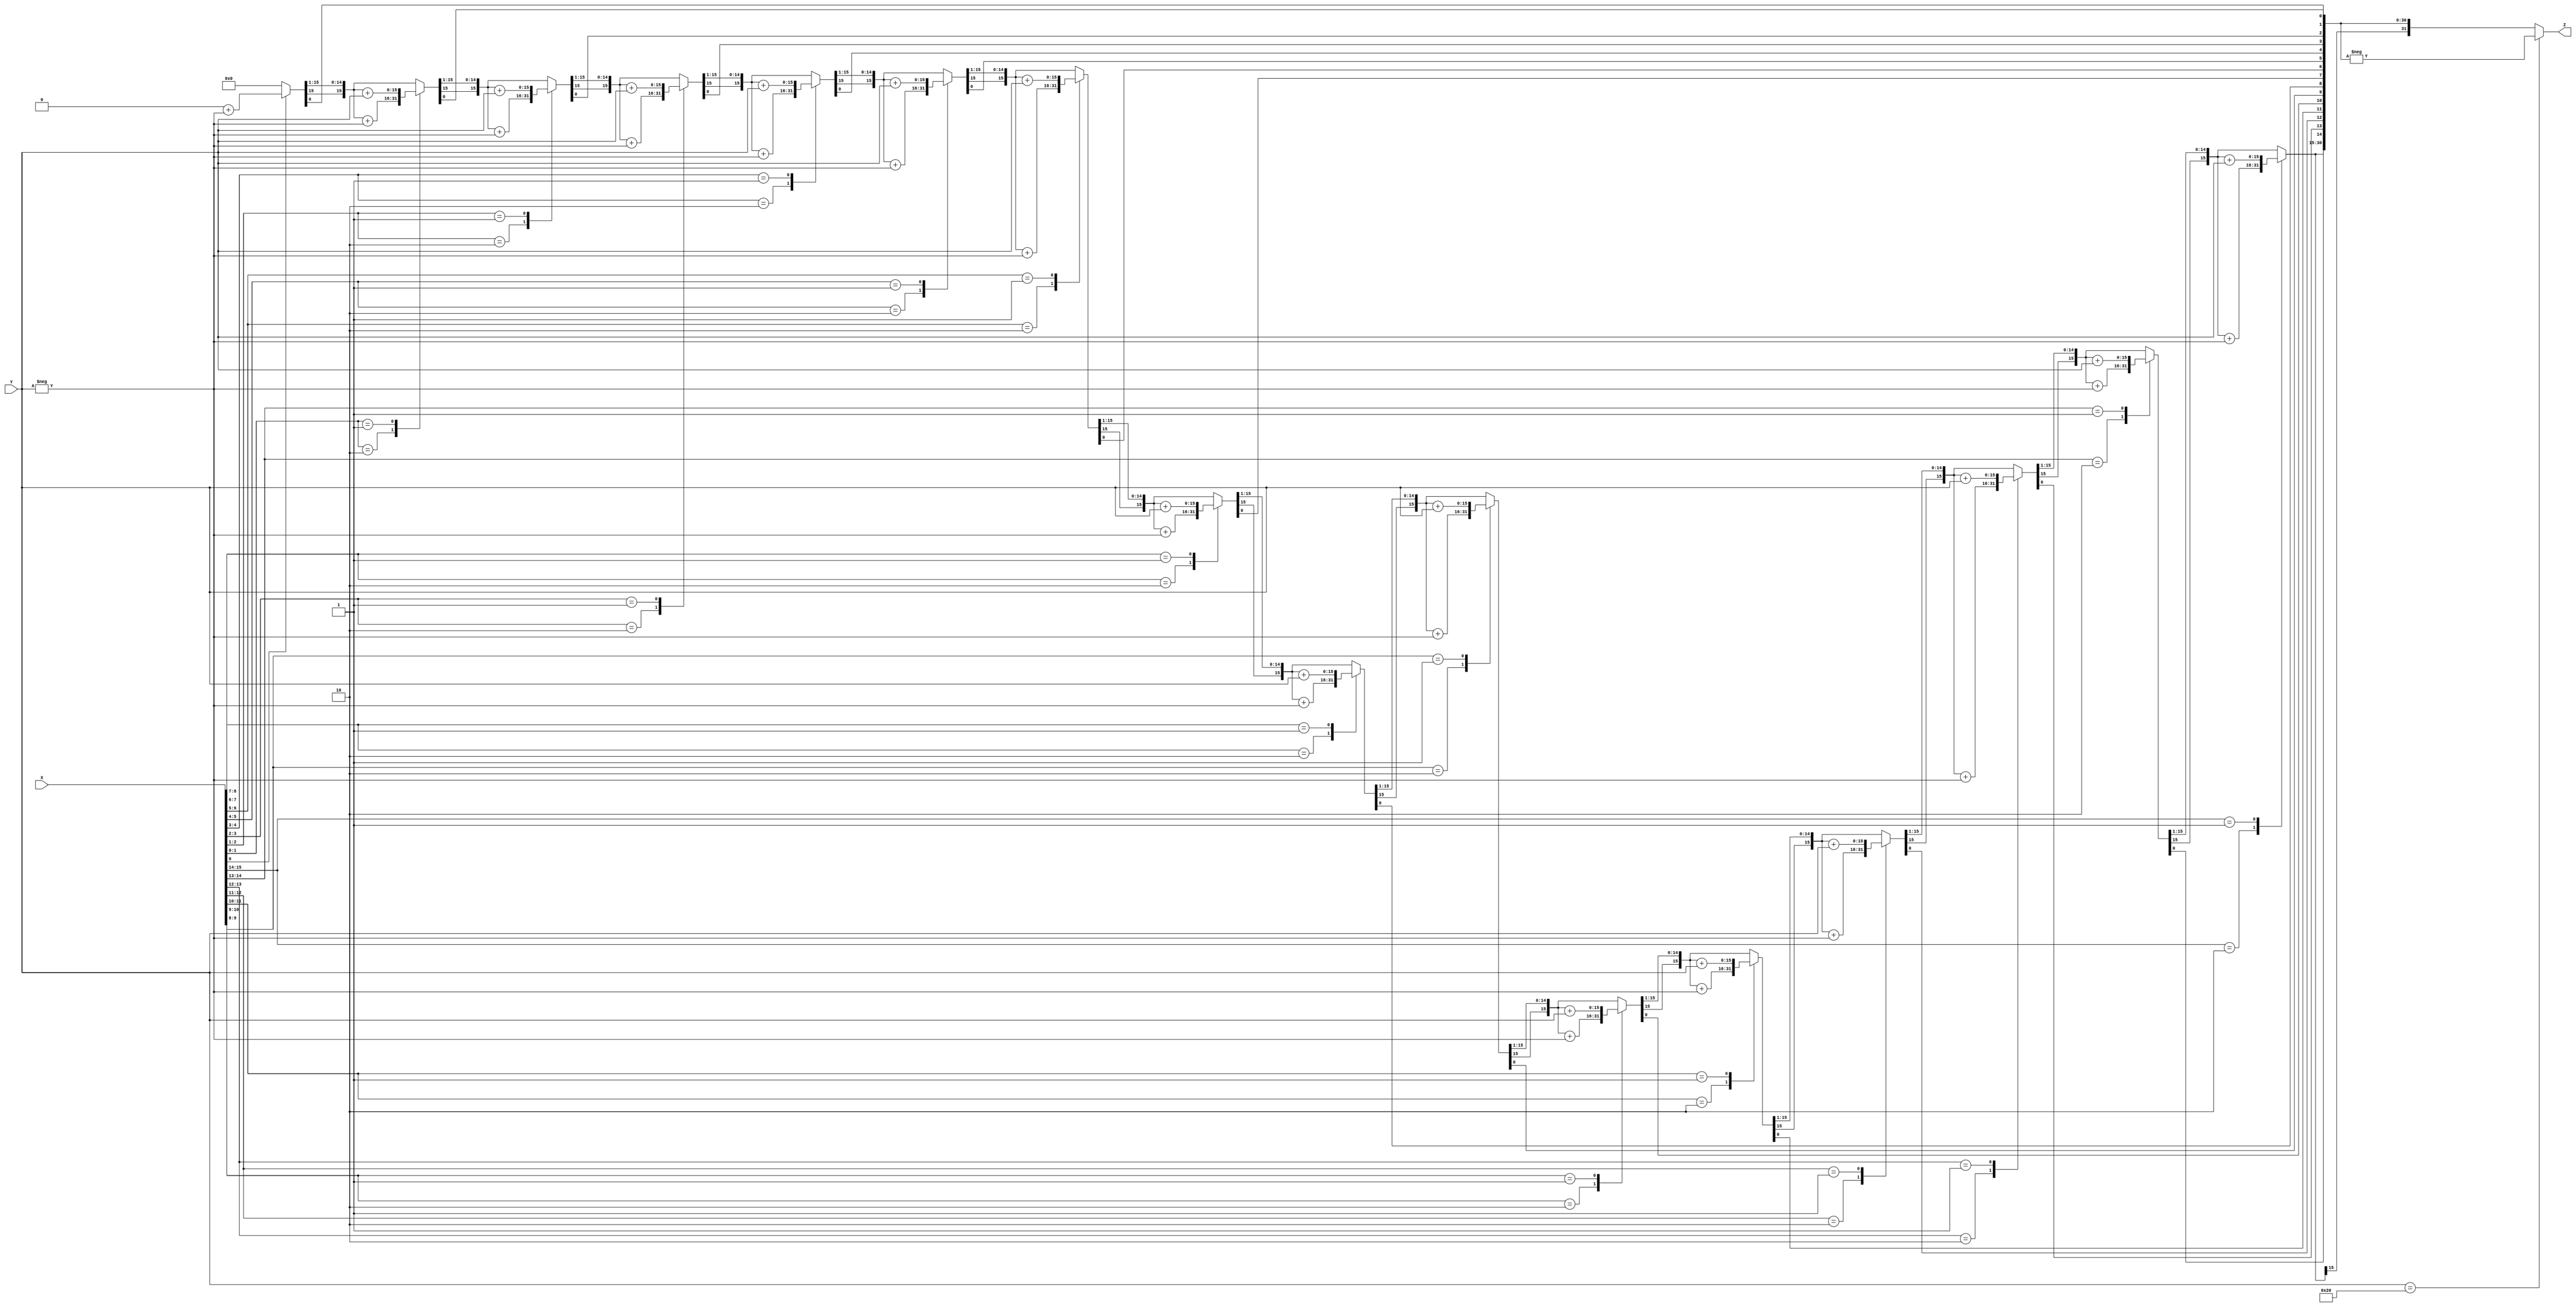
`timescale 1ns / 1ps
//////////////////////////////////////////////////////////////////////////////////
// Company: 
// Engineer: 
// 
// Design Name: 
// Module Name:    Booth 
// Project Name: 
// Target Devices: 
// Tool versions: 
// Description: 
//
// Dependencies: 
//
// Revision: 
// Revision 0.01 - File Created
// Additional Comments: 
//
//////////////////////////////////////////////////////////////////////////////////
module Booth(X,Y,Z);

		 input signed [15:0] X, Y;
       output signed [31:0] Z;
       reg signed [31:0] Z;
       reg [1:0] temp;
       integer i;
       reg E1;
       reg [15:0] Y1;
       always @ (X, Y)
       begin
       Z = 32'b00000000000000000000000000000000;
       E1 = 1'b0;
       for (i = 0; i < 16; i = i + 1)
       begin
       temp = {X[i], E1};
       Y1 = - Y;
		 case (temp)
       2'b10 : Z [31 : 16] = Z [31 : 16] + Y1;
       2'b01 : Z [31 : 16] = Z [31 : 16] + Y;
       default : begin end
       endcase
       Z = Z >> 1;
       Z[31] = Z[30];
       E1 = X[i];
       end
       if (Y == 16'b0000000000100000)
     
     
           begin
               Z = - Z;
           end     
       end            
endmodule